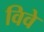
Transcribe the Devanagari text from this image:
विवे